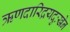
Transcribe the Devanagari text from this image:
ऋणदारिद्रयदुःखेन